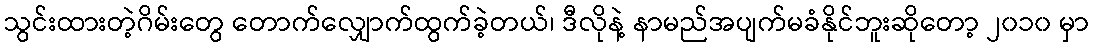
သွင်းထားတဲ့ဂိမ်းတွေ တောက်လျှောက်ထွက်ခဲ့တယ်၊ ဒီလိုနဲ့ နာမည်အပျက်မခံနိုင်ဘူးဆိုတော့ ၂၀၁၀ မှာ